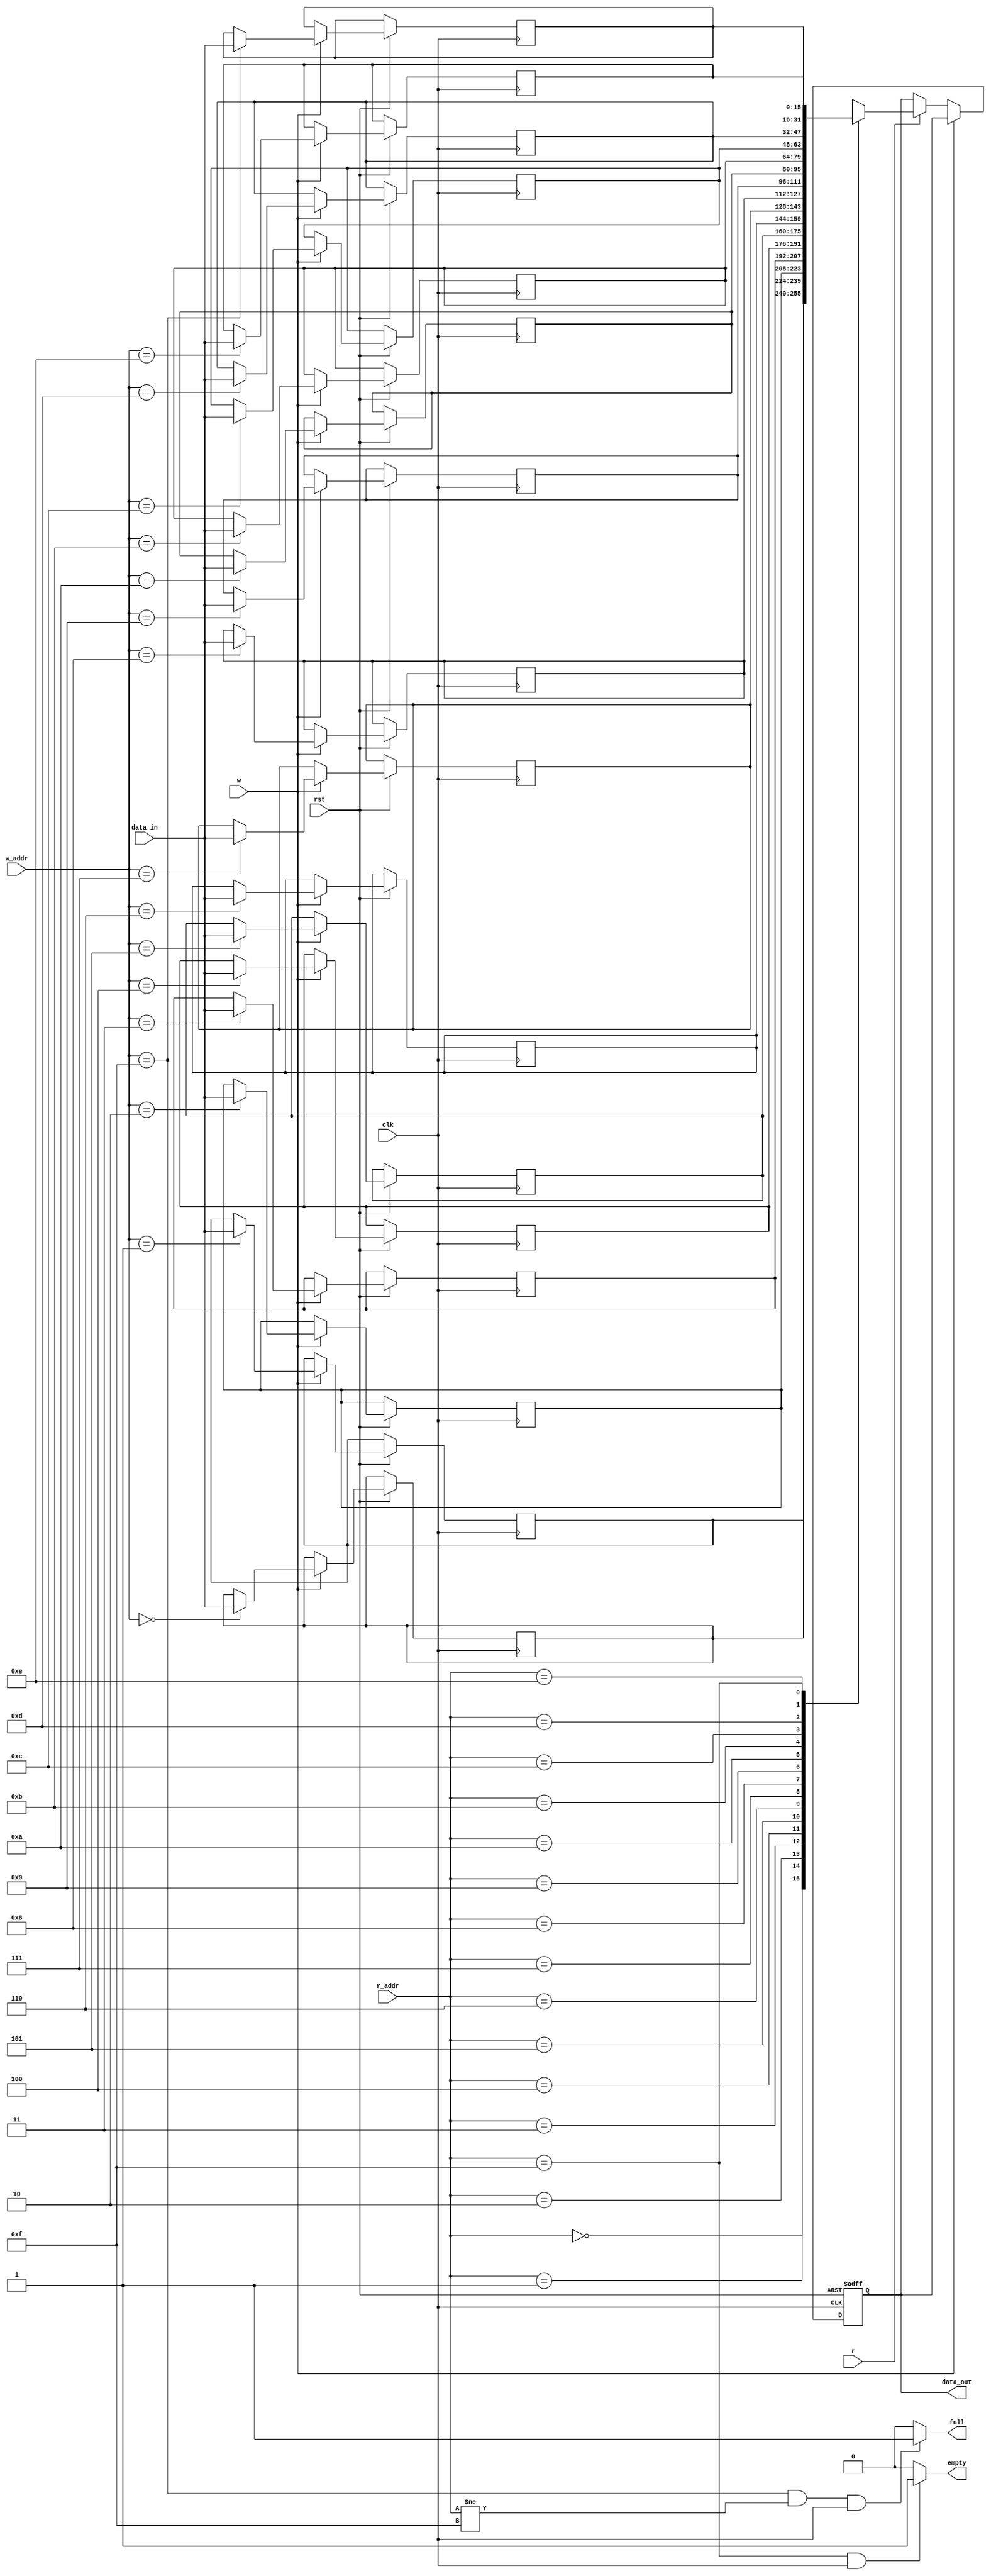
module memory_buffer #(parameter addrsize = 4)
(input clk,rst,w,r, input [15:0] data_in,input[addrsize - 1: 0] r_addr,w_addr,
 output reg [15:0] data_out,output reg full,empty);

localparam depth = 1 << addrsize;
reg [15:0] mem[0:depth-1];

always @(posedge clk, negedge rst)
begin
if(~rst)
begin
data_out <= 16'bz;
end
else if(w) 
mem[w_addr] <= data_in;
else if(r)
data_out <= mem[r_addr];
else 
data_out <= data_out;
end

always @(*)
begin
if(w_addr == 15 && r_addr != 15 && clk == 1)
full = 1;
else
full = 0;
if(r_addr == 15 && clk == 1)
empty = 1;
else
empty = 0;
end

endmodule